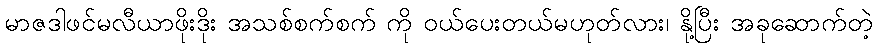
မာဇဒါဖင်မလီယာဖိုးဒိုး အသစ်စက်စက် ကို ဝယ်ပေးတယ်မဟုတ်လား၊ နို့ပြီး အခုဆောက်တဲ့